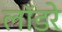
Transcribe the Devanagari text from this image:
लॉडरे